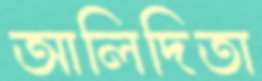
আলিদিতা